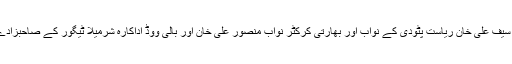
اداکار سیف علی خان ریاست پٹودی کے نواب اور بھارتی کرکٹر نواب منصور علی خان اور بالی ووڈ اداکارہ شرمیلا ٹیگور کے صاحبزادے ہیں ۔